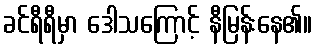
ခင်ရီရီမှာ ဒေါသကြောင့် နီမြန်းနေ၏။